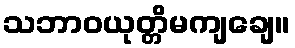
သဘာဝယုတ္တိမကျချေ။